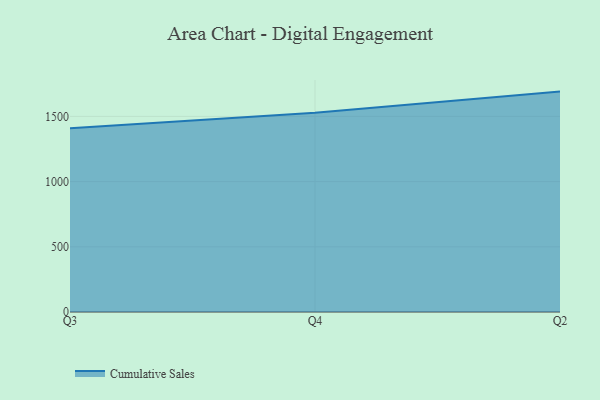
{"axis": {"x": "Quarter", "y": "LTV (USD)"}, "legend": ["Cumulative Sales"], "data": [{"x": "Q3", "y": 1408.8, "type": "Cumulative Sales"}, {"x": "Q4", "y": 1527.8, "type": "Cumulative Sales"}, {"x": "Q2", "y": 1690.2, "type": "Cumulative Sales"}]}